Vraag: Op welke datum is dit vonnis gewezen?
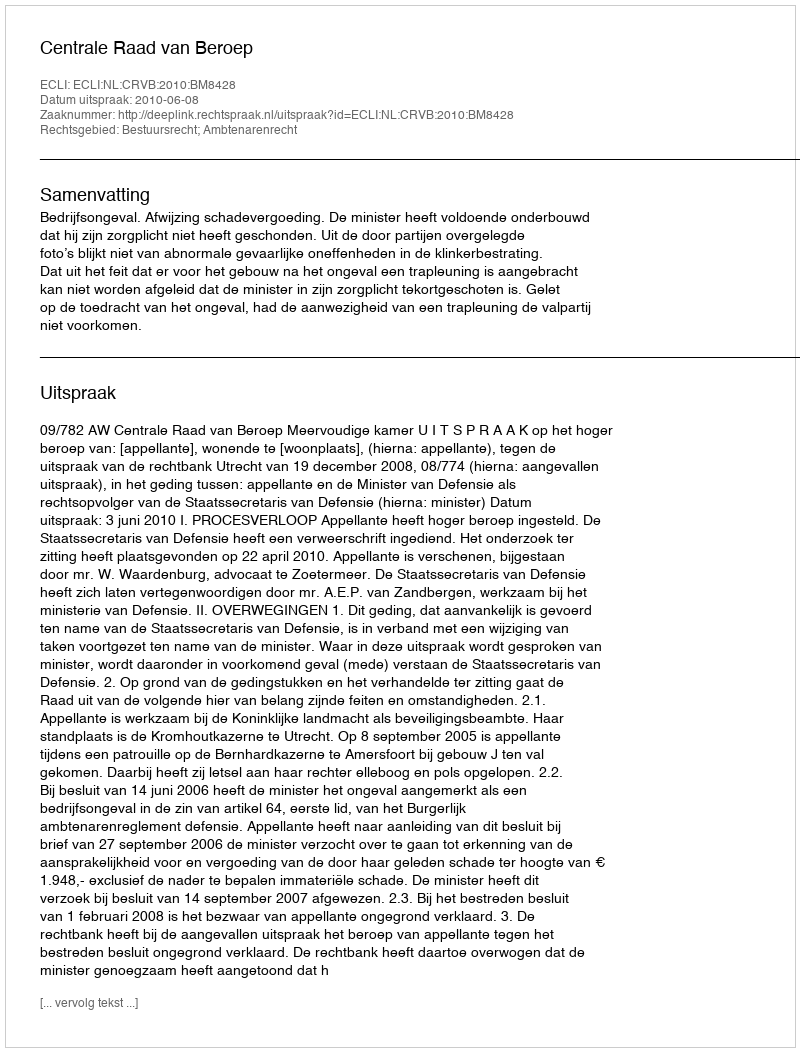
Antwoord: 2010-06-08